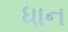
ધાન